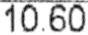
10.60